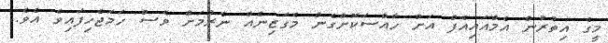
މީގެ އިތުރުން އެމްއައިއެފް އަށް ހާއްސަކޮށްގެން މެގަޒިނެއް ނެރުމަށް ވެސް ހަމަޖެހިފައިވެ އެވެ.